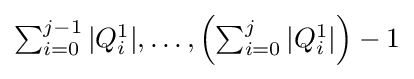
{\textstyle \sum _{i=0}^{j-1}|Q_{i}^{1}|,\dots ,\left(\sum _{i=0}^{j}|Q_{i}^{1}|\right)-1}